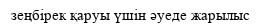
зеңбірек қаруы үшін әуеде жарылыс